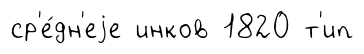
ср'е́дн'еjе инков 1820 т'ип